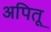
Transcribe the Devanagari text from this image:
अपितू